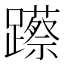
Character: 𮜨